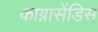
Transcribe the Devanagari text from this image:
काग्नासेंडिस